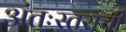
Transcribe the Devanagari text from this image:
अंतःस्तराची